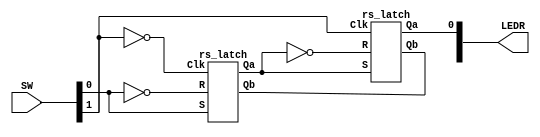
module lab4_3(LEDR, SW);
	input[17:0] SW;
	output[17:0] LEDR;

	wire Qm;
	
	rs_latch rs1(Qm, , ~SW[0], SW[0], ~SW[1]);
	rs_latch rs2(LEDR[0], , ~Qm, Qm, SW[1]);
	
endmodule
	
module rs_latch(Qa, Qb, R, S, Clk);
	input R, S, Clk;
	output Qa, Qb;
	
	wire S_g, R_g;
	
	assign S_g = ~{S&Clk};
	assign R_g = ~{R&Clk};
	
	assign Qa = ~{Qb&S_g};
	assign Qb = ~{Qa&R_g};
	
endmodule